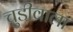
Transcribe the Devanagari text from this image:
चुडीवाला